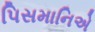
પિસમાનિએ